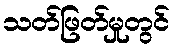
သတ်ဖြတ်မှုတွင်